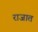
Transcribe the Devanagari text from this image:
राजात